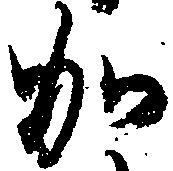
加